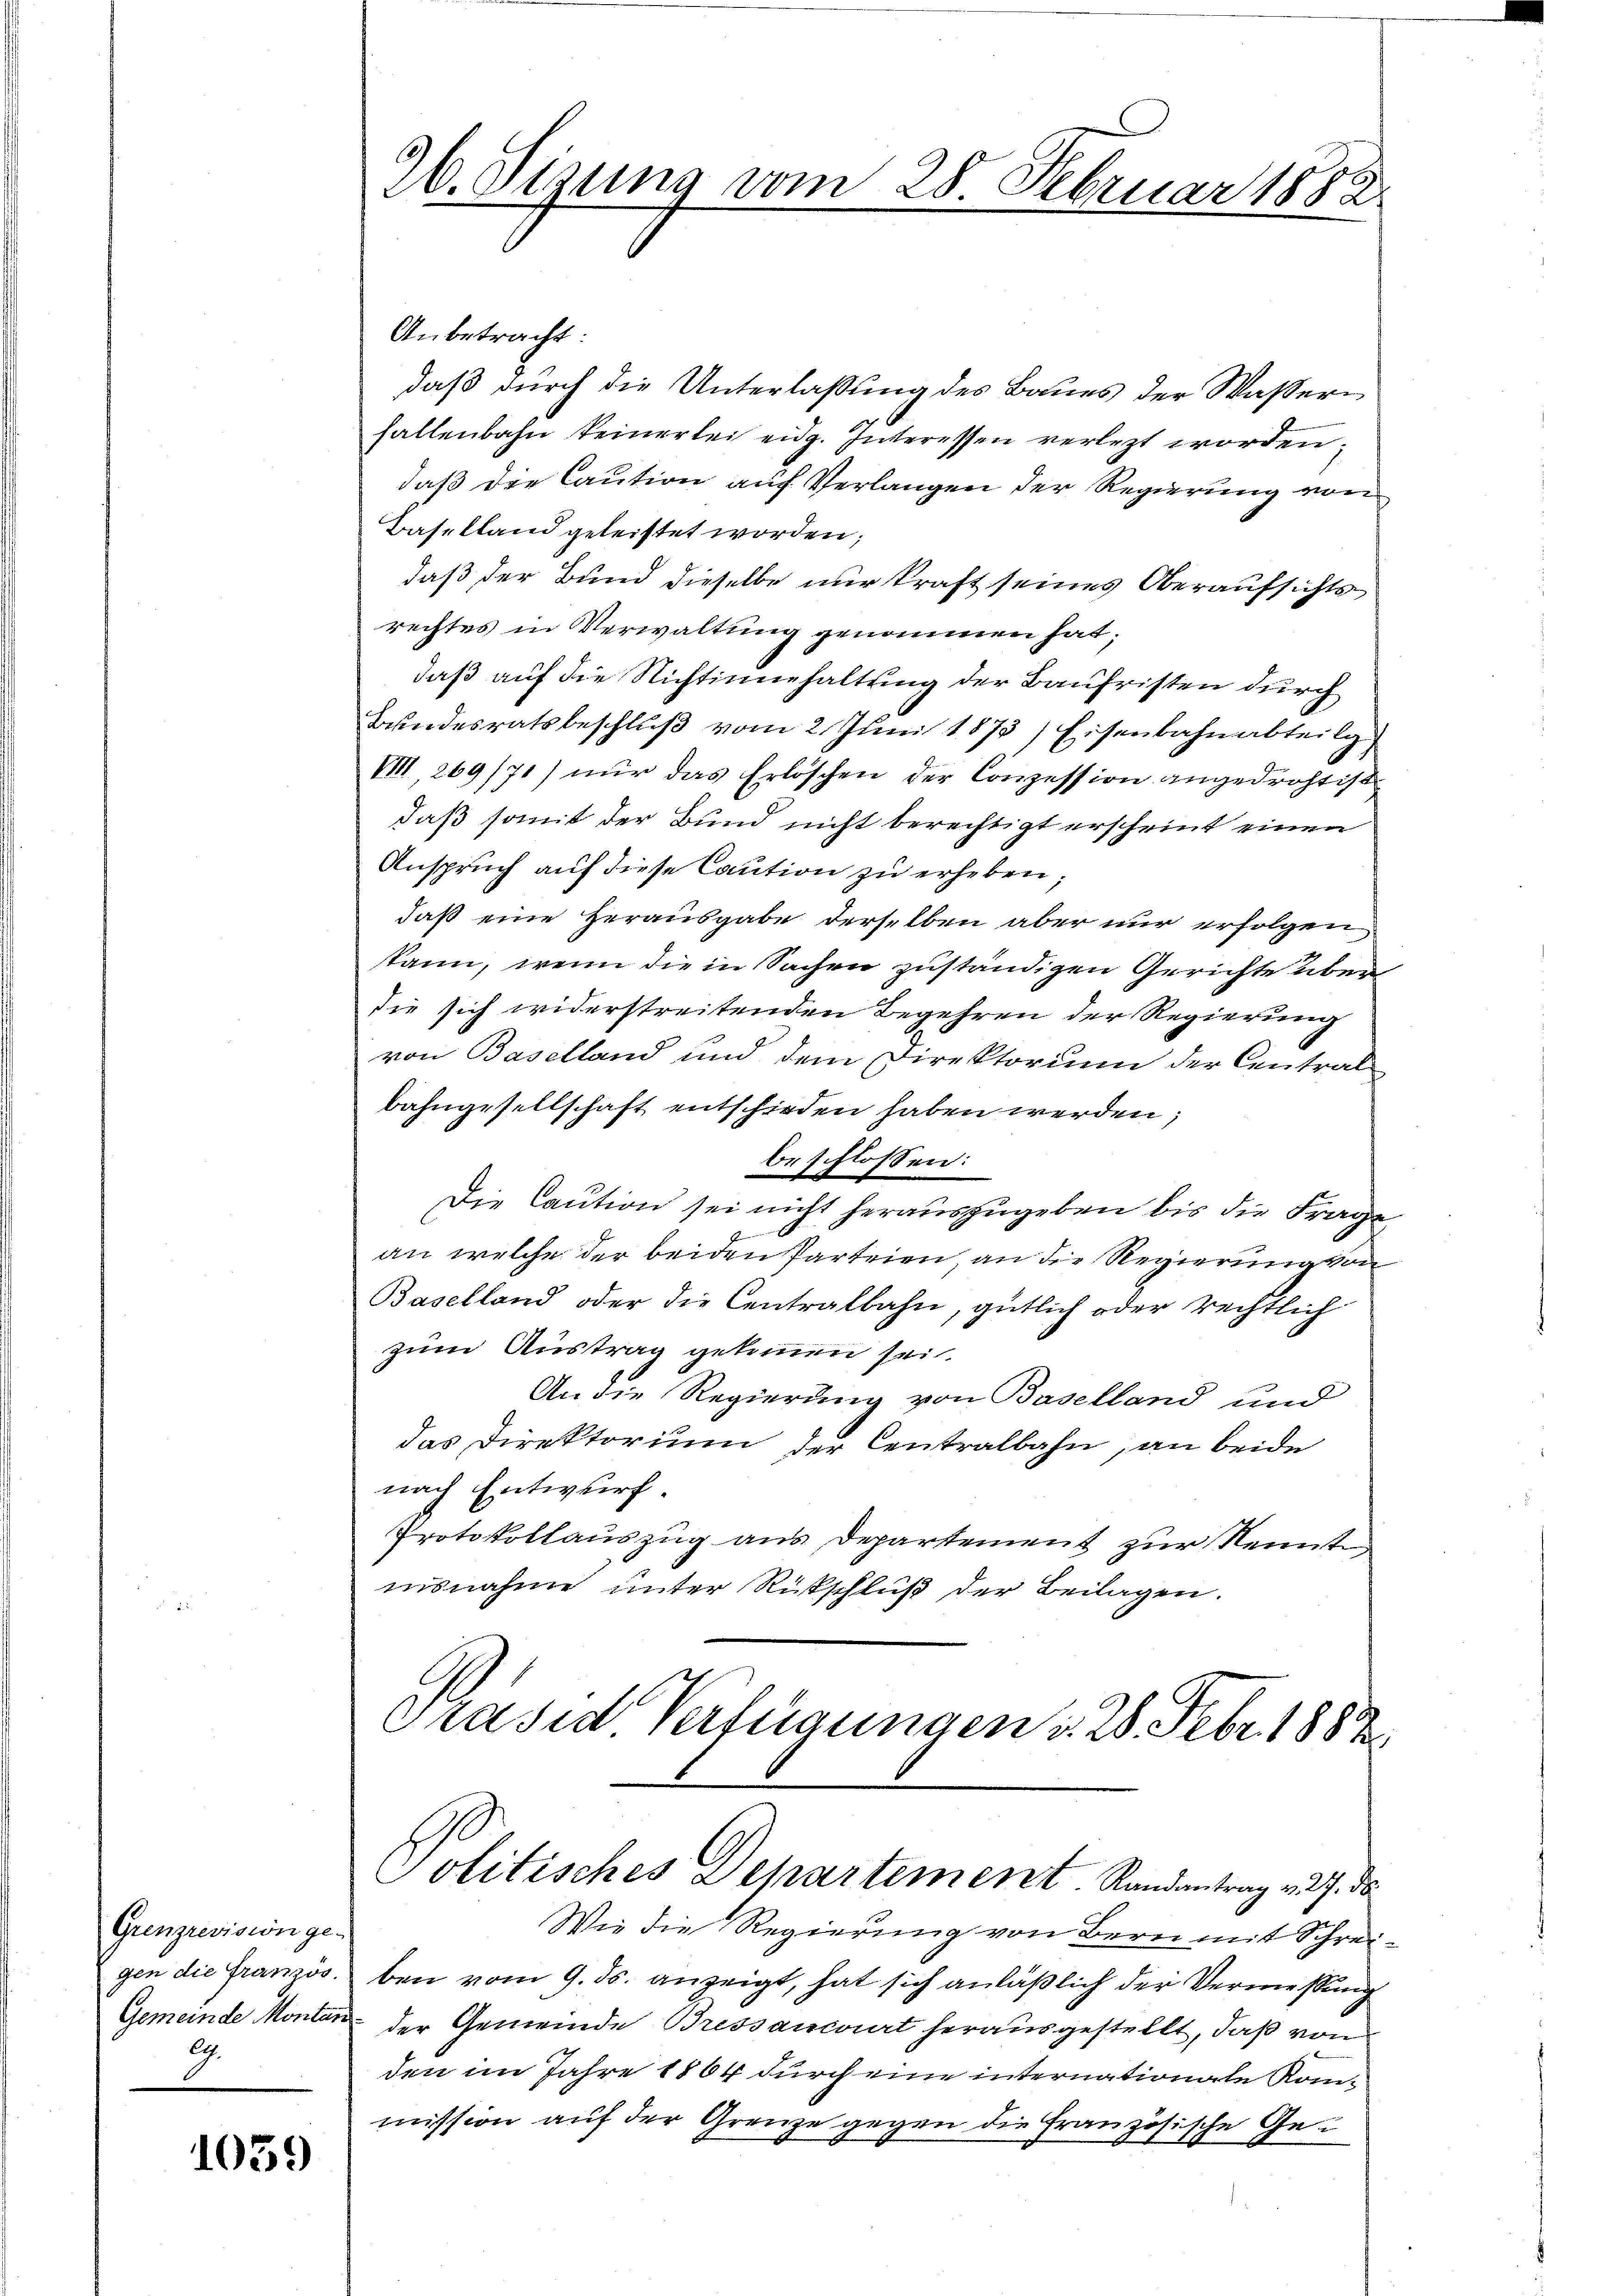
Grenzrevision ge-
gen die Französ.
9.

1059

Anbetracht:
daß durch die Unterlaßung des Baues der Wassern
fallenbahn keinerlei eidg. Interessen verletzt worden,
daß die Caution auf Verlangen der Regierung von
Baselland geleistet worden;
daß der Bund dieselbe nur kraft seines Oberaufsichts
rechtes in Verwaltung genommen hat;
daß auf die Nichtinnehaltung der Baufristen durch
Bundesratsbeschlŭβ vom 2. Juni 1873) Eisenbahnabteilg
VIII 269/71) nur das Erlöschen der Conzession angedroht ist
daß somit der Bund nicht berechtigt erscheint einen
Anspruch auf diese Caution zu erheben;
daß eine Herausgabe derselben aber nur erfolgen
kann, wenn die in Sachen zuständigen Gerichte über
die sich widerstreitenden Begehren der Regierung
von Baselland und dem Direktorium der Central
bahngesellschaft entschieden haben werden;
beschlossen:
Die Caution sei nicht herauszugeben bis die Frage
an welche der beiden Parteien, an die Regierung von
Baselland oder die Centralbahn, gütlich oder rechtlich
zum Austrag gekommen sei.
An die Regierung von Baselland und
das Direktorium der Centralbahn, an beide
nach Entwurf.
Protokollauszug aus Departement zur Kennte
nisnahme unter Ritschluß der Beilagen.
Grasid Verfügungen d. 28. Febr. 1882.

260. Sizung vom 28. Februar 1882

Politisches Departement. Randantrag v. 27. ds.

Wie die Regierung von Bern mit Schreiben vom 9. ds. anzeigt, hat sich anläßlich der Vermessung
Gemeinde Montan der Gemeinde Bressancorirt herausgestellt, daß von
den im Jahre 1864 durch eine internationate Kommission auf der Grenze gegen die Französische Ge¬